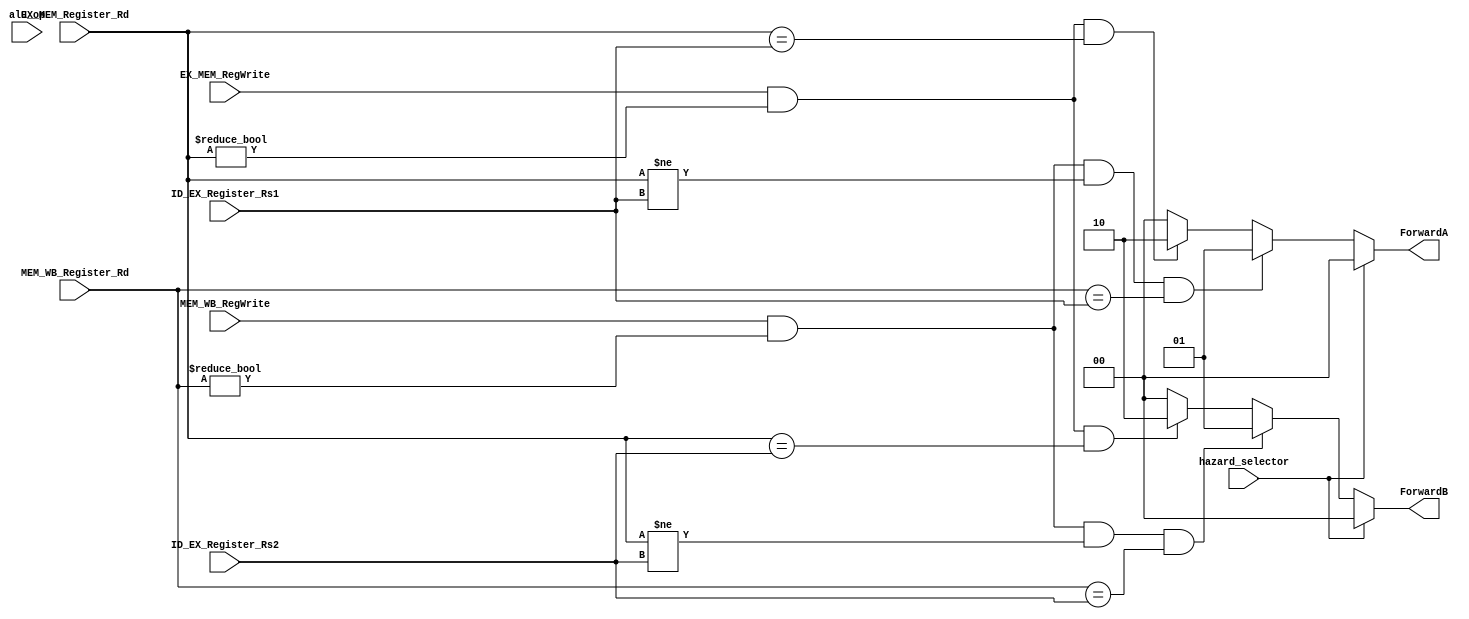
// FORWARDING UNIT

module Forwarding_Unit
#
(
	parameter N =32
)
(
	input hazard_selector,
	input [2:0] alu_op,
	input EX_MEM_RegWrite,
	input MEM_WB_RegWrite,
	input [4:0] MEM_WB_Register_Rd,
	input [4:0] EX_MEM_Register_Rd,
	input [4:0] ID_EX_Register_Rs1,
	input [4:0] ID_EX_Register_Rs2,
	
	output reg [1:0] ForwardA,
	output reg [1:0] ForwardB

);

always@(ID_EX_Register_Rs1 or ID_EX_Register_Rs2 or EX_MEM_Register_Rd or MEM_WB_Register_Rd or EX_MEM_RegWrite or MEM_WB_RegWrite) 
	begin
		ForwardA = 2'b00;
		ForwardB = 2'b00;
		
		if((EX_MEM_RegWrite) && (EX_MEM_Register_Rd!=0) && (EX_MEM_Register_Rd == ID_EX_Register_Rs1))begin
			ForwardA = 2'b10;
		end
		if((EX_MEM_RegWrite) && (EX_MEM_Register_Rd!=0) && (EX_MEM_Register_Rd == ID_EX_Register_Rs2))begin
			ForwardB = 2'b10;
		end
		if((MEM_WB_RegWrite) && (MEM_WB_Register_Rd!=0) && (EX_MEM_Register_Rd != ID_EX_Register_Rs1) && (MEM_WB_Register_Rd == ID_EX_Register_Rs1))begin
			ForwardA = 2'b01;
		end
		if((MEM_WB_RegWrite) && (MEM_WB_Register_Rd!=0) && (EX_MEM_Register_Rd != ID_EX_Register_Rs2) && (MEM_WB_Register_Rd == ID_EX_Register_Rs2))begin
			ForwardB = 2'b01;
		end
		if(hazard_selector)begin
			ForwardA = 2'b00;
			ForwardB = 2'b00;
		end
	end


endmodule